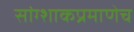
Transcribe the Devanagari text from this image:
सांग्शाकप्रमाणेच